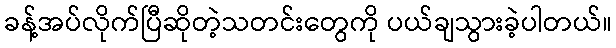
ခန့်အပ်လိုက်ပြီဆိုတဲ့သတင်းတွေကို ပယ်ချသွားခဲ့ပါတယ်။